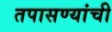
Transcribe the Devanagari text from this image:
तपासण्यांची